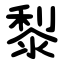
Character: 㴝